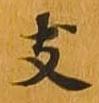
支